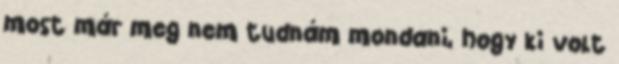
most már meg nem tudnám mondani, hogy ki volt